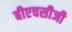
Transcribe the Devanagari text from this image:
बीएचसीजी